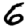
Digit: 6